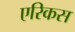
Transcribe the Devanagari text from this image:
एरिकस